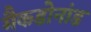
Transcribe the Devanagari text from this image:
मैकडोनांड